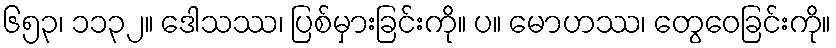
၆၅၃၊ ၁၁၃၂။ ဒေါသဿ၊ ပြစ်မှားခြင်းကို။ ပ။ မောဟဿ၊ တွေဝေခြင်းကို။